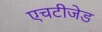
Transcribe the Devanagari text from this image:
एचटीजेड